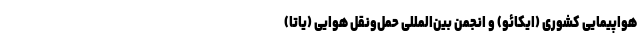
هواپیمایی کشوری (ایکائو) و انجمن بین‌المللی حمل‌ونقل هوایی (یاتا)